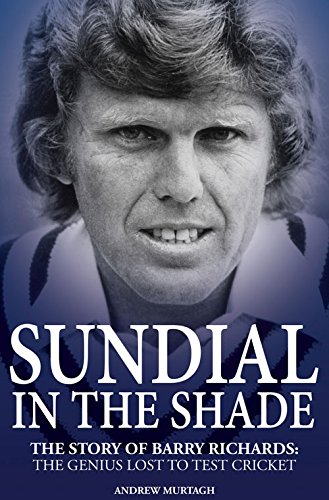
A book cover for Sundial in the Shade: The Story of Barry Richards: the Genius Lost to Test Cricket; Andrew Murtagh; Sports & Outdoors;